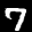
Label: 7